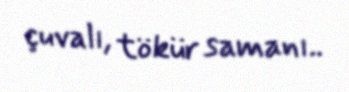
çuvalı, tökür samanı..